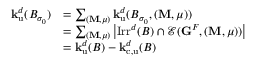
\begin{array} { r l } { { \mathbf { k } } _ { \mathrm { u } } ^ { d } ( B _ { \sigma _ { 0 } } ) } & { = \sum _ { ( { \mathbf { M } } , \mu ) } { \mathbf { k } } _ { \mathrm { u } } ^ { d } ( B _ { \sigma _ { 0 } } , ( { \mathbf { M } } , \mu ) ) } \\ & { = \sum _ { ( { \mathbf { M } } , \mu ) } \left| \mathrm { I r r } ^ { d } ( B ) \cap { \mathcal { E } } ( { \mathbf { G } } ^ { F } , ( { \mathbf { M } } , \mu ) ) \right| } \\ & { = { \mathbf { k } } _ { \mathrm { u } } ^ { d } ( B ) - { \mathbf { k } } _ { \mathrm { c , u } } ^ { d } ( B ) } \end{array}